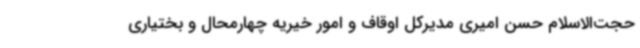
حجت‌الاسلام حسن امیری مدیرکل اوقاف و امور خیریه چهارمحال و بختیاری